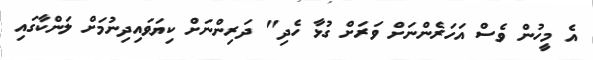
އެ މީހުން ވެސް އަހަރެންނަށް ވަރަށް ގުޅާ ހެދި" ދަރިންނަށް ކިޔަވައިދިނުމަށް ލަންކާގައި